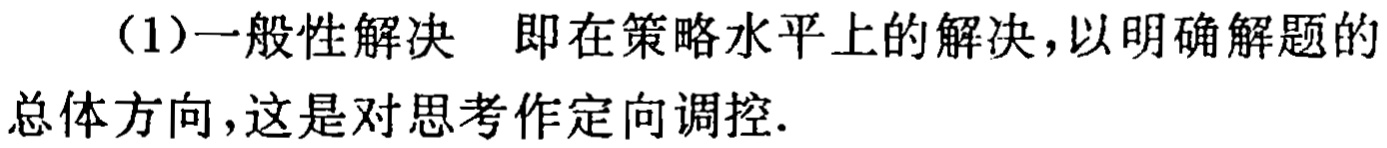
（1）一般性解决 即在策略水平上的解决，以明确解题的总体方向，这是对思考作定向调控.